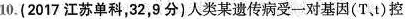
10. (2017江苏单科，32，9分)人类某遗传病受一对基因 (T、t) 控